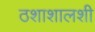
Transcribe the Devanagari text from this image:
ठशाशालशी